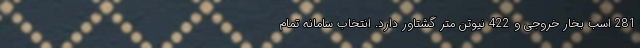
281 اسب بخار خروجی و 422 نیوتن متر گشتاور دارد. انتخاب سامانه تمام